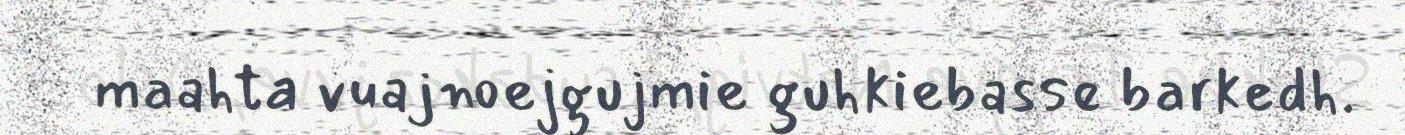
maahta vuajnoejgujmie guhkiebasse barkedh.